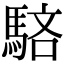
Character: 𩣖